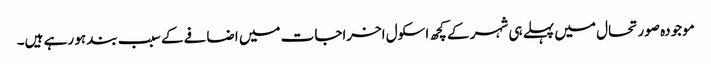
موجودہ صورتحال میں پہلے ہی شہر کے کچھ اسکول اخراجات میں اضافے کے سبب بند ہو رہے ہیں۔